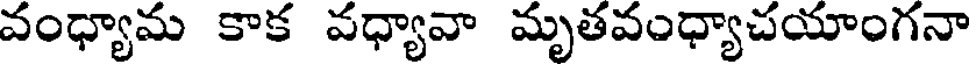
వంధ్యామ కాక వధ్యావా మృతవంధ్యాచయాంగనా